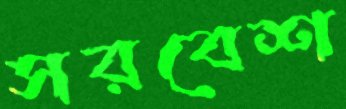
সরবেশ